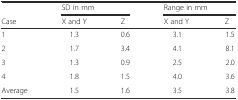
<table><thead><tr><td></td><td colspan="2"><b>SD in mm</b></td><td colspan="2"><b>Range in mm</b></td></tr><tr><td><b>Case</b></td><td><b>X and Y</b></td><td><b>Z</b></td><td><b>X and Y</b></td><td><b>Z</b></td></tr></thead><tbody><tr><td>1</td><td>1.3</td><td>0.6</td><td>3.1</td><td>1.5</td></tr><tr><td>2</td><td>1.7</td><td>3.4</td><td>4.1</td><td>8.1</td></tr><tr><td>3</td><td>1.3</td><td>0.9</td><td>2.5</td><td>2.0</td></tr><tr><td>4</td><td>1.8</td><td>1.5</td><td>4.0</td><td>3.6</td></tr><tr><td>Average</td><td>1.5</td><td>1.6</td><td>3.5</td><td>3.8</td></tr></tbody></table>